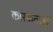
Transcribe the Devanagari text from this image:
कारकताओं